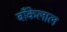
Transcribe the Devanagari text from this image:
बाँकेलाल